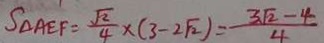
S _ { \Delta A E F } = \frac { \sqrt { 2 } } { 4 } \times ( 3 - 2 \sqrt { 2 } ) = \frac { 3 \sqrt { 2 } - 4 } { 4 }